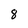
Character: 8